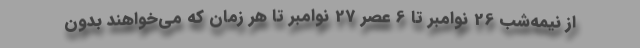
از نیمه‌شب 26 نوامبر تا 6 عصر 27 نوامبر تا هر زمان که می‌خواهند بدون